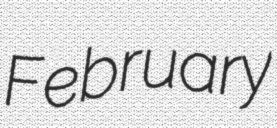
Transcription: February